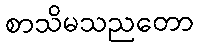
စာသိမသညတော